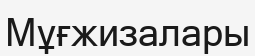
Мұғжизалары